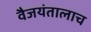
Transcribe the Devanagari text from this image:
वैजयंतालाच